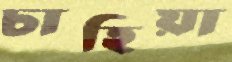
চাহিয়া